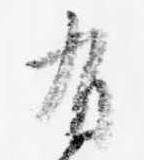
有